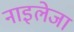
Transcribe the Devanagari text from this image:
नाइलेजा